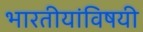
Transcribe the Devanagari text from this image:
भारतीयांविषयी